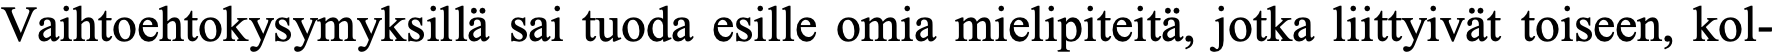
Vaihtoehtokysymyksillä sai tuoda esille omia mielipiteitä, jotka liittyivät toiseen, kol-